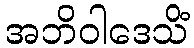
အဘိဝါဒေသိံ